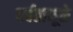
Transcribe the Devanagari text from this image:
पर्वतामूळे